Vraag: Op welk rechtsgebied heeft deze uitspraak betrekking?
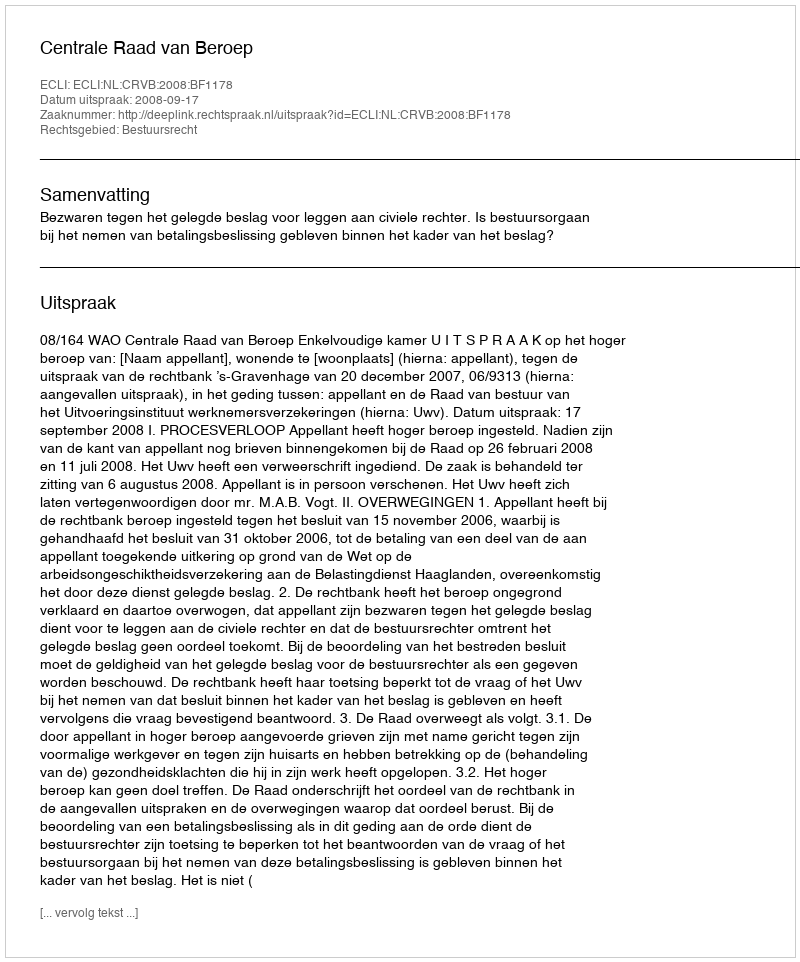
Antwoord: Bestuursrecht